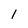
Character: l